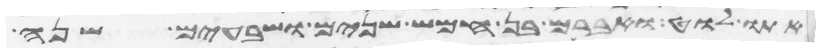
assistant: אתו לוט ואברם בן חמש שנים ושבעים שנה